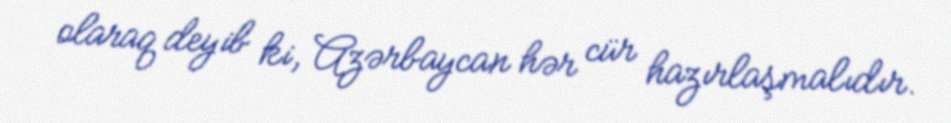
olaraq deyib ki, Azərbaycan hər cür hazırlaşmalıdır.